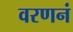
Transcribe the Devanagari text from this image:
वरणनं